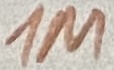
Text: 1M